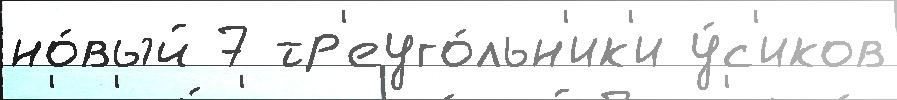
но́вый 7 тр'еуго́льн'ик'и у́с'иков